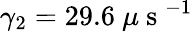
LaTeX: \gamma_{2}=29.6~\mu\mathrm{~s~}^{-1}